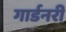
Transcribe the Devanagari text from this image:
गार्डनरी